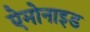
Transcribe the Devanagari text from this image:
ऐमोनाइड